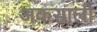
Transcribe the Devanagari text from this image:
अकसाली